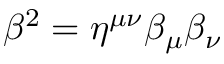
\beta ^ { 2 } = \eta ^ { \mu \nu } \beta _ { \mu } \beta _ { \nu }